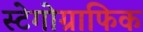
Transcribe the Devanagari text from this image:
स्टेगोग्राफिक